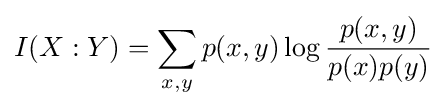
I(X:Y)=\sum _{x,y}p(x,y)\log {\frac {p(x,y)}{p(x)p(y)}}